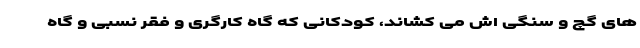
های گچ و سنگی اش می کشاند، کودکانی که گاه کارگری و فقر نسبی و گاه